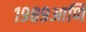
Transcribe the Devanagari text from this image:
१९८९आणि